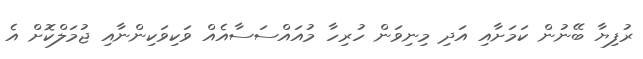
ރުފިޔާ ބޭނުން ކަމަށާއި އަދި މިނިވަން ހުރިހާ މުއައްސަސާއެއް ވަކިވަކިންނާއި ޖުމަލްކޮށް އެ